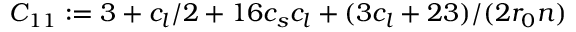
C _ { 1 1 } : = 3 + c _ { l } / 2 + 1 6 c _ { s } c _ { l } + ( 3 c _ { l } + 2 3 ) / ( 2 r _ { 0 } n )